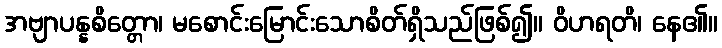
အဗျာပန္နစိတ္တော၊ မစောင်းမြောင်းသောစိတ်ရှိသည်ဖြစ်၍။ ဝိဟရတိ၊ နေ၏။